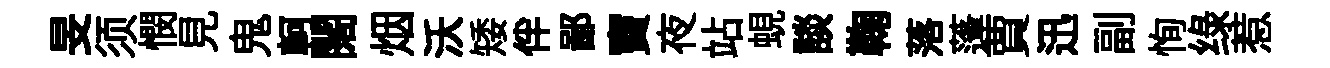
旻须憫見鬼軻闊烟沃矮伴鄙竇夜站蜆談鞠落蓬賈迅副恂绿惹